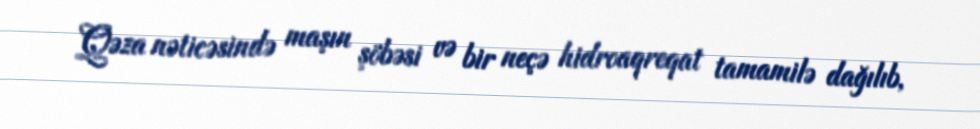
Qəza nəticəsində maşın şöbəsi və bir neçə hidroaqreqat tamamilə dağılıb,